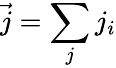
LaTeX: {\vec{j}}=\sum_{j}j_{i}